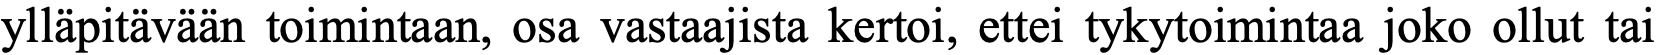
ylläpitävään toimintaan, osa vastaajista kertoi, ettei tykytoimintaa joko ollut tai